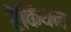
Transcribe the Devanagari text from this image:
रेकियन